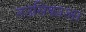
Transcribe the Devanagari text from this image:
नउसिकाआ